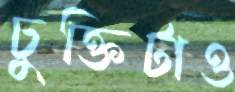
চুক্তিটাও